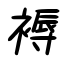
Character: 褥